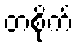
တစိုက်